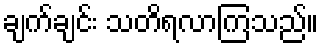
ချက်ချင်း သတိရလာကြသည်။